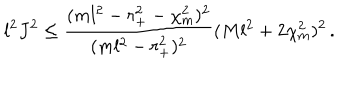
l ^ { 2 } J ^ { 2 } \leq \frac { ( m l ^ { 2 } - r _ { + } ^ { 2 } - \chi _ { \mathrm { m } } ^ { 2 } ) ^ { 2 } } { ( m l ^ { 2 } - r _ { + } ^ { 2 } ) ^ { 2 } } ( M l ^ { 2 } + 2 \chi _ { \mathrm { m } } ^ { 2 } ) ^ { 2 } \, .